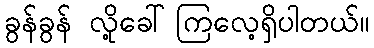
ခွန်ခွန် လို့ခေါ်ကြလေ့ရှိပါတယ်။